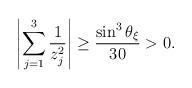
LaTeX: \begin{align*}\left|\sum_{j=1}^3 \frac{1}{z_j^2} \right| \geq \frac{\sin^3\theta_\xi }{30} >0.\end{align*}